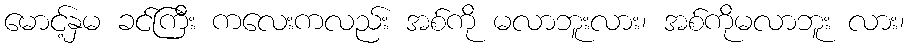
မောင့်နှမ ခင်ကြီး ကလေးကလည်း အစ်ကို မလာဘူးလား၊ အစ်ကိုမလာဘူး လား၊